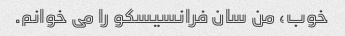
خوب، من سان فرانسیسکو را می خوانم.